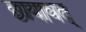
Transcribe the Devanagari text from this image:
छायावत्‌